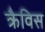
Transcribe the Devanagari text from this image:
क्रैविस